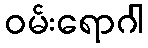
ဝမ်းရောဂါ